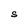
Character: S